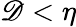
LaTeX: \mathscr{D}<\eta